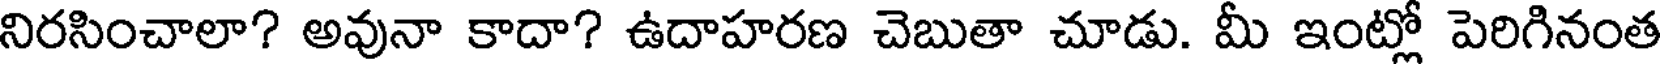
నిరసించాలా? అవునా కాదా? ఉదాహరణ చెబుతా చూడు. మీ ఇంట్లో పెరిగినంత